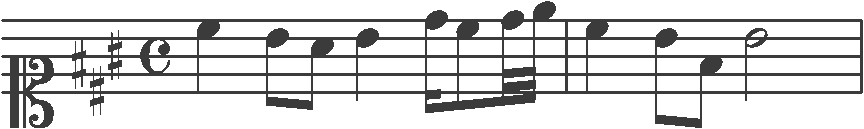
Transcription: clef-C1 keySignature-AM timeSignature-C note-C#5_quarter note-B4_eighth note-A4_eighth note-B4_quarter note-D5_sixteenth note-C#5_eighth note-D5_thirty_second note-E5_thirty_second barline note-C#5_quarter note-B4_eighth note-F#4_eighth note-B4_half barline